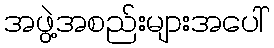
အဖွဲ့အစည်းများအပေါ်